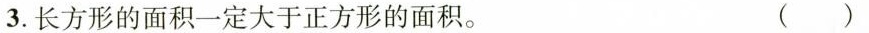
3.长方形的面积一定大于正方形的面积。 ()